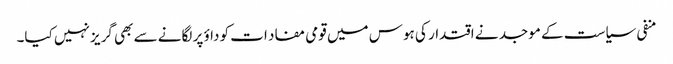
منفی سیاست کے موجد نے اقتدار کی ہوس میں قومی مفاد ات کو داؤ پر لگانے سے بھی گریز نہیں کیا۔